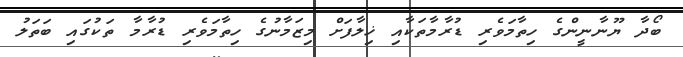
ބޯދާ ޔޫނާނީންގެ ހިތާމަވެރި ޑުރާމާތަކާއި ޚިލާފަށް މިޒަމާނުގެ ހިތާމަވެރި ޑުރާމާ ތަކުގައި ބަތަލު